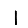
Digit: 1